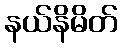
နယ်နိမိတ်